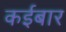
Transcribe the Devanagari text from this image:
कईबार